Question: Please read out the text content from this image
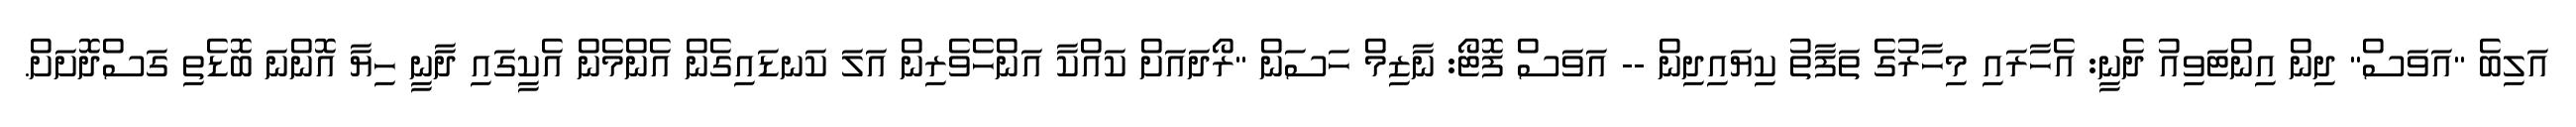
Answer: އަލިބެ "އަވަސް" ދިން އިންޓަވިއު ދެނީ: އެހާރައި މިހާރުގެ ތަފާތު ކިޔައިދިން -- އަވަސް ފޮޓޯ: ނާޒިމް ހަސަން "ރޯދައަށް ކައްކާ އަންހެވެރިން އަލަ ކަނޑައިގެން އެންމެން އެކީގައި ދާނީ ހިޔާ އޮންނަ ބޮޑެތި ގަސްދޮށަށް.